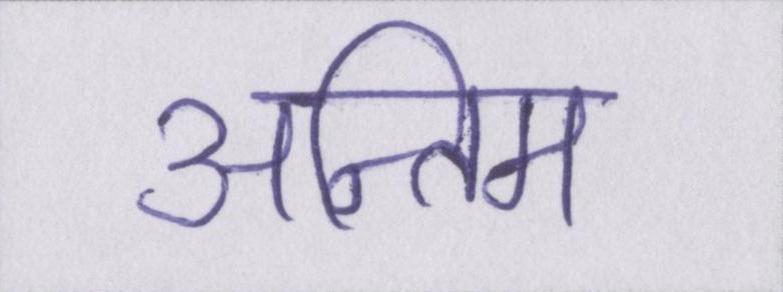
अन्तिम